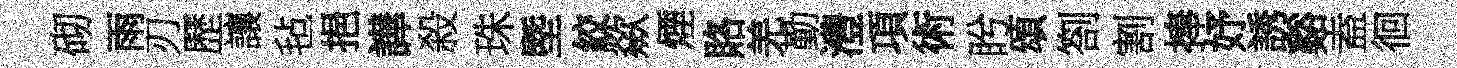
砌雨刃歷讓毡挹譁殺珠塈絞歘煙賂羌勤澧項術盻頌劄割捧妤誘谿盍徊